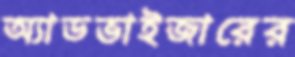
অ্যাডভাইজারের